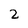
Character: 2